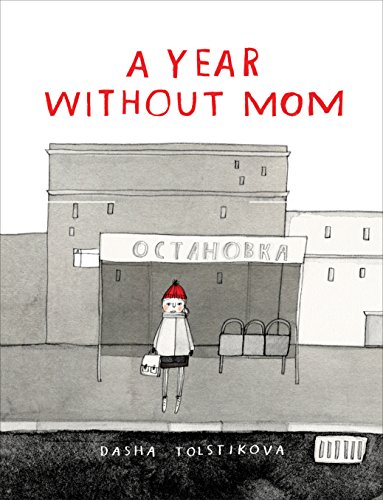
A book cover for A Year Without Mom; Dasha Tolstikova; Children's Books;